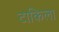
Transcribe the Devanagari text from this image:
टाकिला